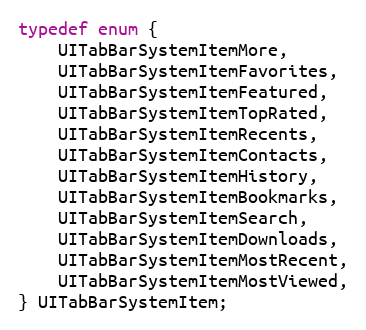
Language: C
typedef enum {
    UITabBarSystemItemMore,
    UITabBarSystemItemFavorites,
    UITabBarSystemItemFeatured,
    UITabBarSystemItemTopRated,
    UITabBarSystemItemRecents,
    UITabBarSystemItemContacts,
    UITabBarSystemItemHistory,
    UITabBarSystemItemBookmarks,
    UITabBarSystemItemSearch,
    UITabBarSystemItemDownloads,
    UITabBarSystemItemMostRecent,
    UITabBarSystemItemMostViewed,
} UITabBarSystemItem;